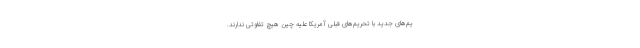
یم‌های جدید با تحریم‌های قبلی آمریکا علیه چین هیچ تفاوتی ندارند.